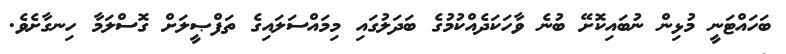
ބަހައްޓަނީ މުޅިން ނުބައިކޮށޭ ބުނެ ވާހަކަދެއްކުމުގެ ބަދަލުގައި މިމައްސަލައިގެ ތަފްޞީލަށް ގޮސްލަމާ ހިނގާށެވެ.